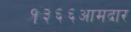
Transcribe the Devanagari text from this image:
१३६६आमदार